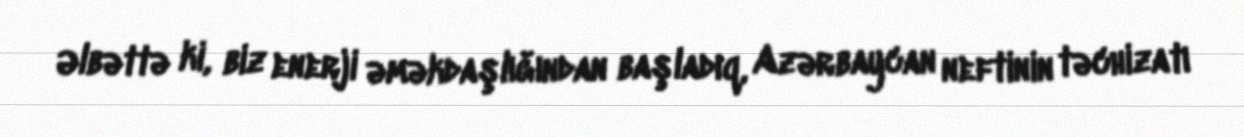
Əlbəttə ki, biz enerji əməkdaşlığından başladıq, Azərbaycan neftinin təchizatı